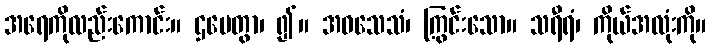
အရေကိုလည်းကောင်း။ ဌပေတွာ၊ ၍။ အဝသေသံ၊ ကြွင်းသော။ သရီရံ၊ ကိုယ်အလုံးကို။